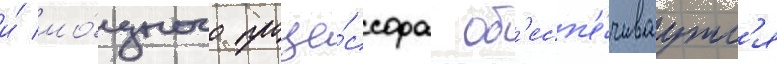
и́ мо́щного проце́ссора об'есп'е́чиваутс'я